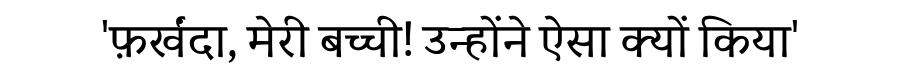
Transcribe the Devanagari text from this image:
'फ़र्खंदा, मेरी बच्ची! उन्होंने ऐसा क्यों किया'